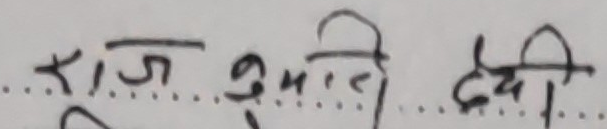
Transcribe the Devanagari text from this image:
राज सुमणि देवी